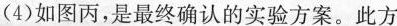
(4)如图丙，是最终确认的实验方案。此方